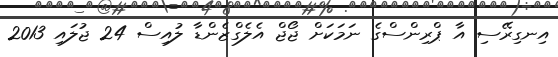
އިނގިރޭސި އާ ޕްރިންސްގެ ނަމަކަށް ޖޯޖް އެލެގްޒެންޑާ ލުއިސް 24 ޖުލައި 2013